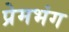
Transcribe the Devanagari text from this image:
प्रेमभंग